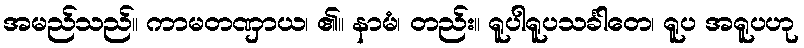
အမည်သည်။ ကာမတဏှာယ၊ ၏။ နာမံ၊ တည်း။ ရူပါရူပသင်္ခါတေ၊ ရူပ အရူပဟု